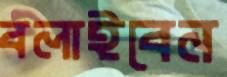
বলাইবেন